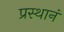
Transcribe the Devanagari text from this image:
प्रस्थानं